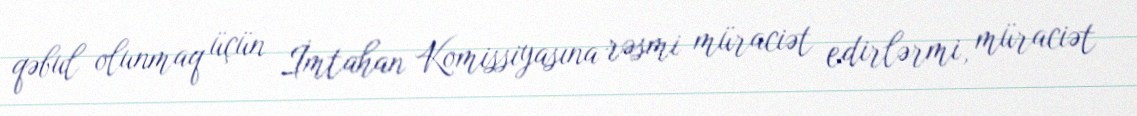
qəbul olunmaq üçün İmtahan Komissiyasına rəsmi müraciət edirlərmi, müraciət